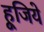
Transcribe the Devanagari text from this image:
हूजिये